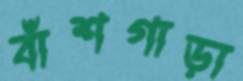
বাঁশগাড়া